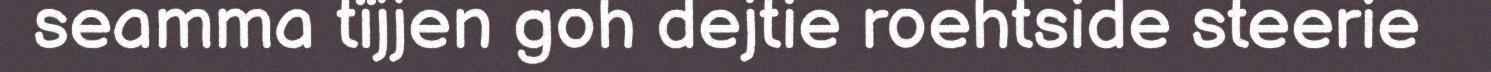
seamma tïjjen goh dejtie roehtside steerie